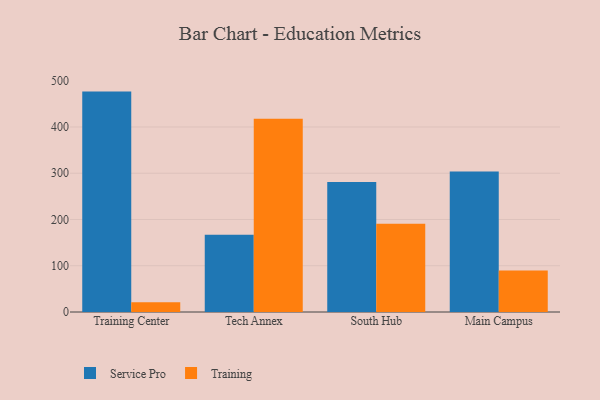
{"axis": {"x": "Campus", "y": "Waste Production (Tons)"}, "legend": ["Service Pro", "Training"], "data": [{"x": "Training Center", "y": 476.5, "type": "Service Pro"}, {"x": "Training Center", "y": 21.1, "type": "Training"}, {"x": "Tech Annex", "y": 167.2, "type": "Service Pro"}, {"x": "Tech Annex", "y": 417.9, "type": "Training"}, {"x": "South Hub", "y": 281.0, "type": "Service Pro"}, {"x": "South Hub", "y": 190.9, "type": "Training"}, {"x": "Main Campus", "y": 303.9, "type": "Service Pro"}, {"x": "Main Campus", "y": 89.9, "type": "Training"}]}